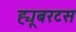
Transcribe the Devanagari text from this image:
ह्यूबरटस